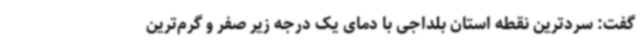
گفت: سردترین نقطه استان بلداجی با دمای یک درجه زیر صفر و گرم‌ترین